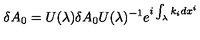
\delta A _ { 0 } = U ( \lambda ) \delta A _ { 0 } U ( \lambda ) ^ { - 1 } e ^ { i \int _ { \lambda } k _ { i } d x ^ { i } }